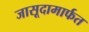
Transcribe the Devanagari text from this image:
जासूदामार्फत